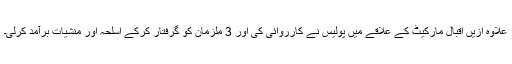
علاوہ ازیں اقبال مارکیٹ کے علاقے میں پولیس نے کارروائی کی اور 3 ملزمان کو گرفتار کرکے اسلحہ اور منشیات برآمد کرلی۔